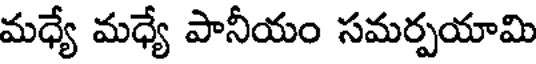
మధ్యే మధ్యే పానీయం సమర్పయామి